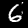
Digit: 6